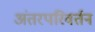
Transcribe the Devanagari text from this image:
अंतरपरिवर्तन